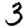
Digit: 3